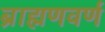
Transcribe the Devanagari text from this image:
ब्राह्मणवर्ण